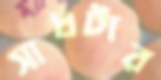
সাধটার